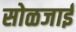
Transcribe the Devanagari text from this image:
सोळजाई